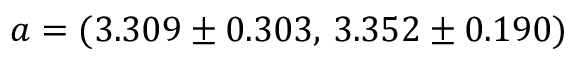
a = ( 3 . 3 0 9 \pm 0 . 3 0 3 , \, 3 . 3 5 2 \pm 0 . 1 9 0 )